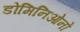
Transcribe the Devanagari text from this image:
डोमिनिओनों